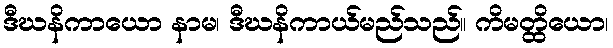
ဒီဃနိကာယော နာမ၊ ဒီဃနိကာယ်မည်သည်။ ကိမတ္ထိယော၊